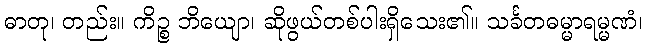
ဓာတု၊ တည်း။ ကိဉ္စ ဘိယျော၊ ဆိုဖွယ်တစ်ပါးရှိသေး၏။ သင်္ခတဓမ္မာရမ္မဏံ၊